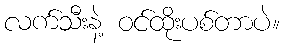
လက်သီးနဲ့ ဝင်ထိုးပစ်တာပဲ။